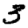
Digit: 3